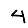
Digit: 4